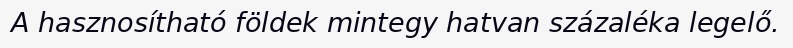
A hasznosítható földek mintegy hatvan százaléka legelő.